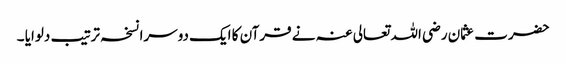
حضرت عثمان رضی اللہ تعالی عنہ نے قرآن کا ایک دوسرا نسخہ ترتیب دلوایا ۔